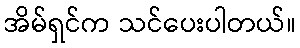
အိမ်ရှင်က သင်ပေးပါတယ်။